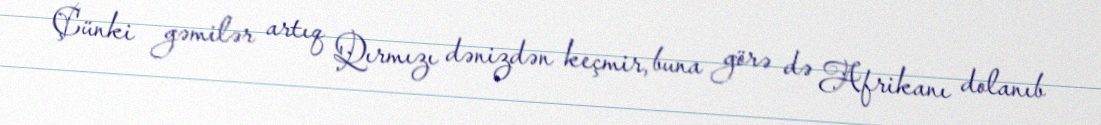
Çünki gəmilər artıq Qırmızı dənizdən keçmir, buna görə də Afrikanı dolanıb